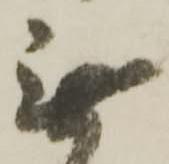
無